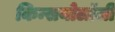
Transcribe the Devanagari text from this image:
किन्सयोलॉजी